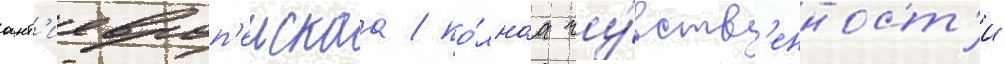
ант'иевроп'еискаа / по́лнаа чу́вств'енност'и